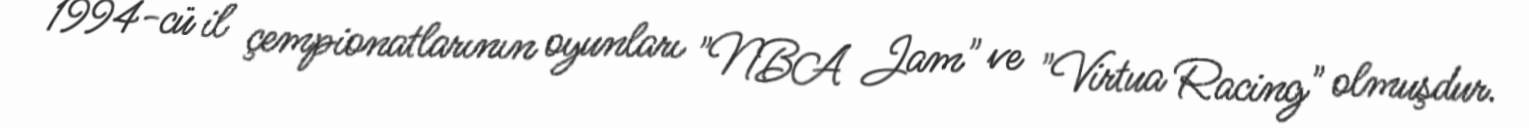
1994-cü il çempionatlarının oyunları "NBA Jam" ve "Virtua Racing" olmuşdur.